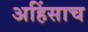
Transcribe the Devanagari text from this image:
अहिंसाच